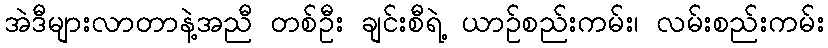
အဲဒီများလာတာနဲ့အညီ တစ်ဦး ချင်းစီရဲ့ ယာဉ်စည်းကမ်း၊ လမ်းစည်းကမ်း